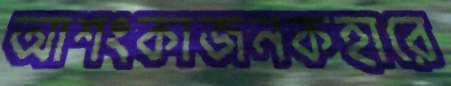
আশংকাজনকহারে